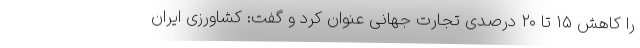
را کاهش ۱۵ تا ۲۰ درصدی تجارت جهانی عنوان کرد و گفت: کشاورزی ایران